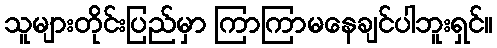
သူများတိုင်းပြည်မှာ ကြာကြာမနေချင်ပါဘူးရှင်။